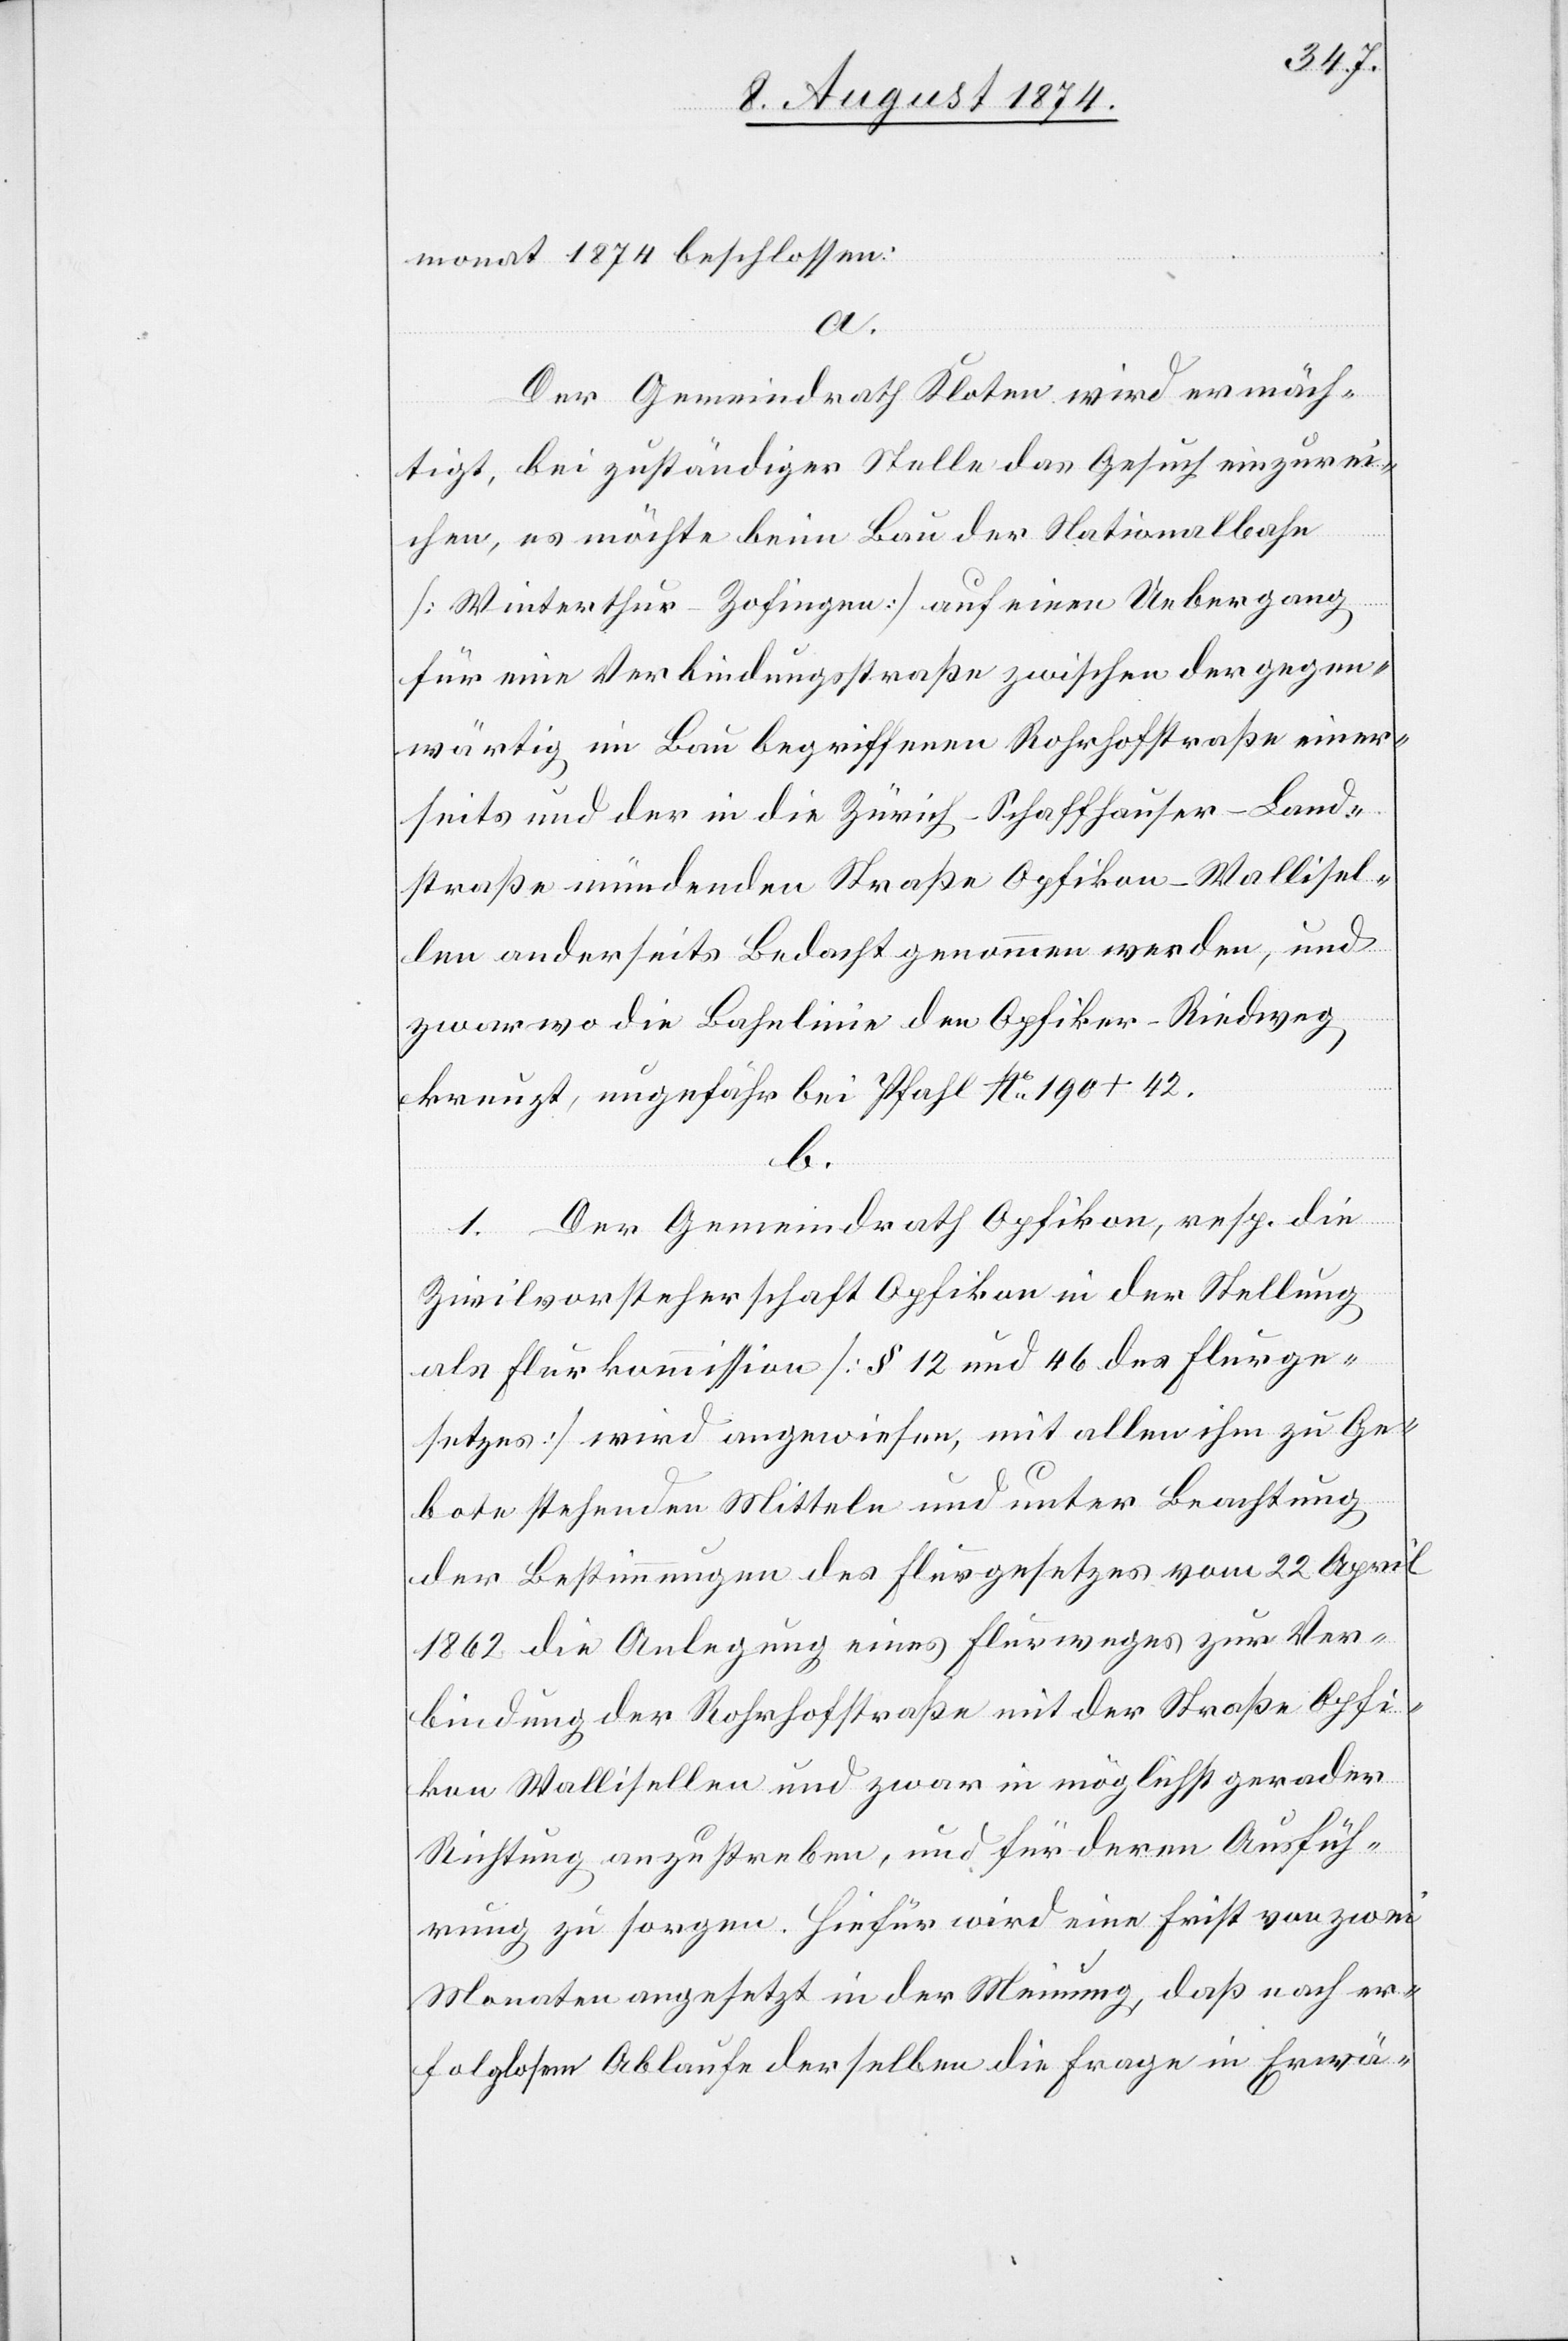
monat 1874 beschlossen:
a.
Der Gemeindrath Kloten wird ermäch¬
tigt, bei zuständiger Stelle das Gesuch einzurei¬
chen, es möchte beim Bau der Nationalbahn
[Winterthur–Zofingen] auf einen Uebergang
für eine Verbindungsstraße zwischen der gegen¬
wärtig im Bau begriffenen Rohrhofstraße einer¬
seits und der in die Zürich–Schaffhauser-Land¬
straße mündenden Straße Opfikon–Wallisel¬
len anderseits Bedacht genommen werden, und
zwar wo die Bahnlinie den Opfiker-Riedweg
kreuzt, ungefähr bei Pfahl No 190 + 42.
b.
1. Der Gemeindrath Opfikon, resp. die
Zivilvorsteherschaft Opfikon in der Stellung
als Flurkommission [§ 12 und 46 des Flurge¬
setzes] wird angewiesen, mit allen ihm zu Ge¬
bote stehenden Mitteln und unter Beachtung
der Bestimmungen des Flurgesetzes vom 22. April
1862 die Anlegung eines Flurweges zur Ver¬
bindung der Rohrhofstraße mit der Straße Opfi¬
kon–Wallisellen und zwar in möglichst gerader
Richtung anzustreben, und für deren Ausfüh¬
rung zu sorgen. Hiefür wird eine Frist von zwei
Monaten angesetzt in der Meinung, daß nach er¬
folglosem Ablaufe derselben die Frage in Erwä-